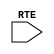
module PCORNER (
    input wire RTE
);
    wire unused = RTE;
endmodule